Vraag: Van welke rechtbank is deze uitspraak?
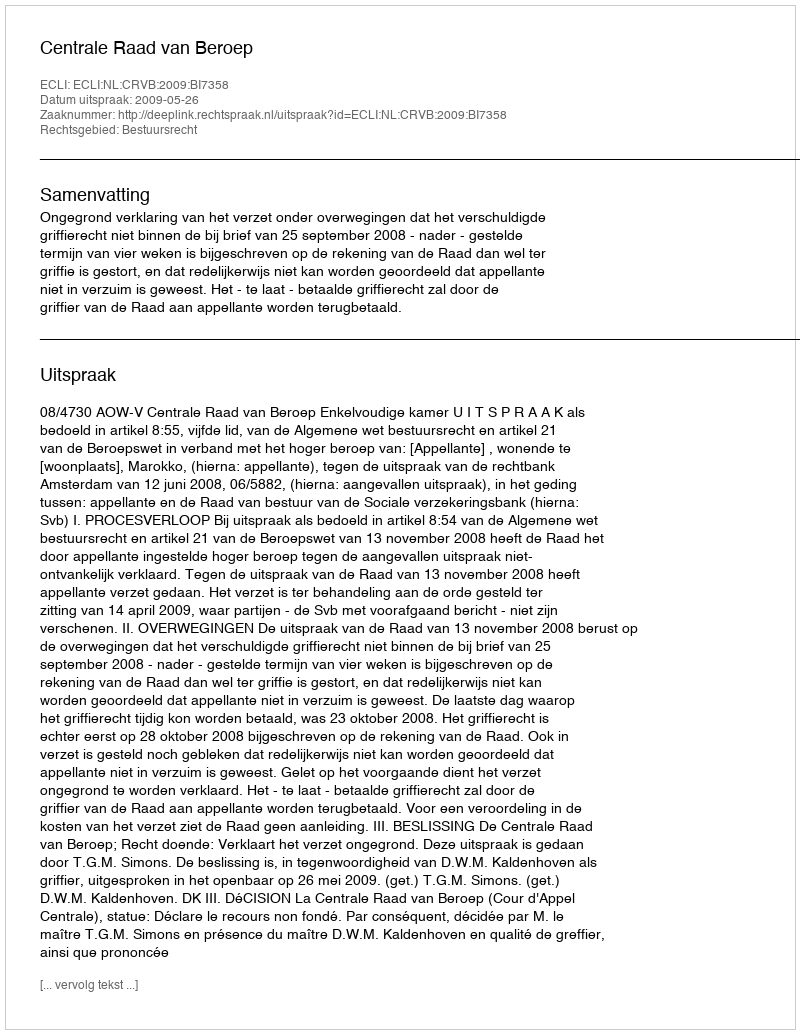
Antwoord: Centrale Raad van Beroep